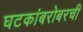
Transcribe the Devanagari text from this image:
घटकांबरोबरची